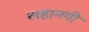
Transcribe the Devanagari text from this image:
लहानगी